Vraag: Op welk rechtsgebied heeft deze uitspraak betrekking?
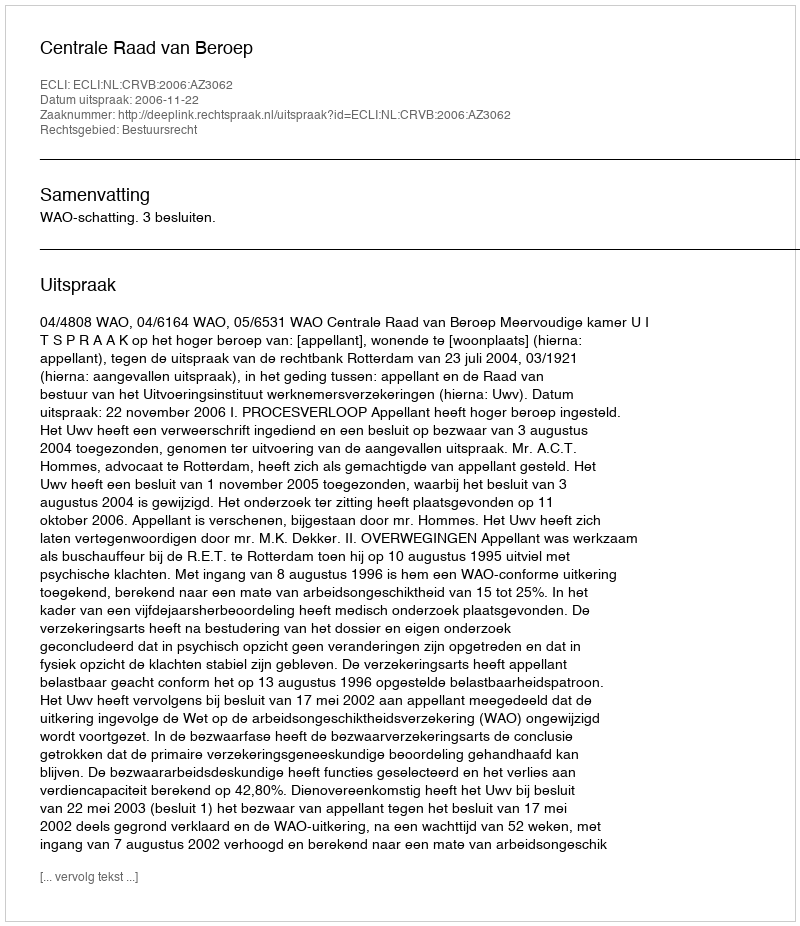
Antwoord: Bestuursrecht